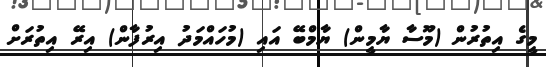
މީގެ އިތުރުން (މޫސާ ޔާމީން) ޔާމްބޭ އައި (މުހައްމަދު އިރުފާން) އިރޭ އިތުރަށް